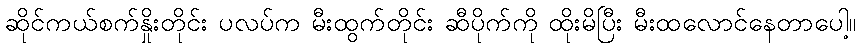
ဆိုင်ကယ်စက်နှိုးတိုင်း ပလပ်က မီးထွက်တိုင်း ဆီပိုက်ကို ထိုးမိပြီး မီးထလောင်နေတာပေါ့။